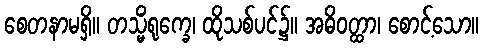
စေတနာမရှိ။ တသ္မိံရုက္ခေ၊ ထိုသစ်ပင်၌။ အဓိဝတ္ထာ၊ စောင့်သော။